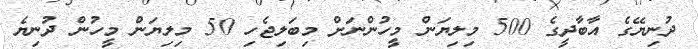
ދުނިޔޭގެ އާބާދީގެ 500 މިލިޔަން މީހުންނަށް މިބަލިޖެހި 50 މިލިޔަން މީހުން ދުނިޔެ